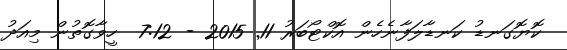
ކޮޔޮގަނޑު ކަނޑާލަފާނެހެން އޮކްޓޯބަރު 11